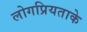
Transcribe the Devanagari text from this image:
लोगप्रियताके